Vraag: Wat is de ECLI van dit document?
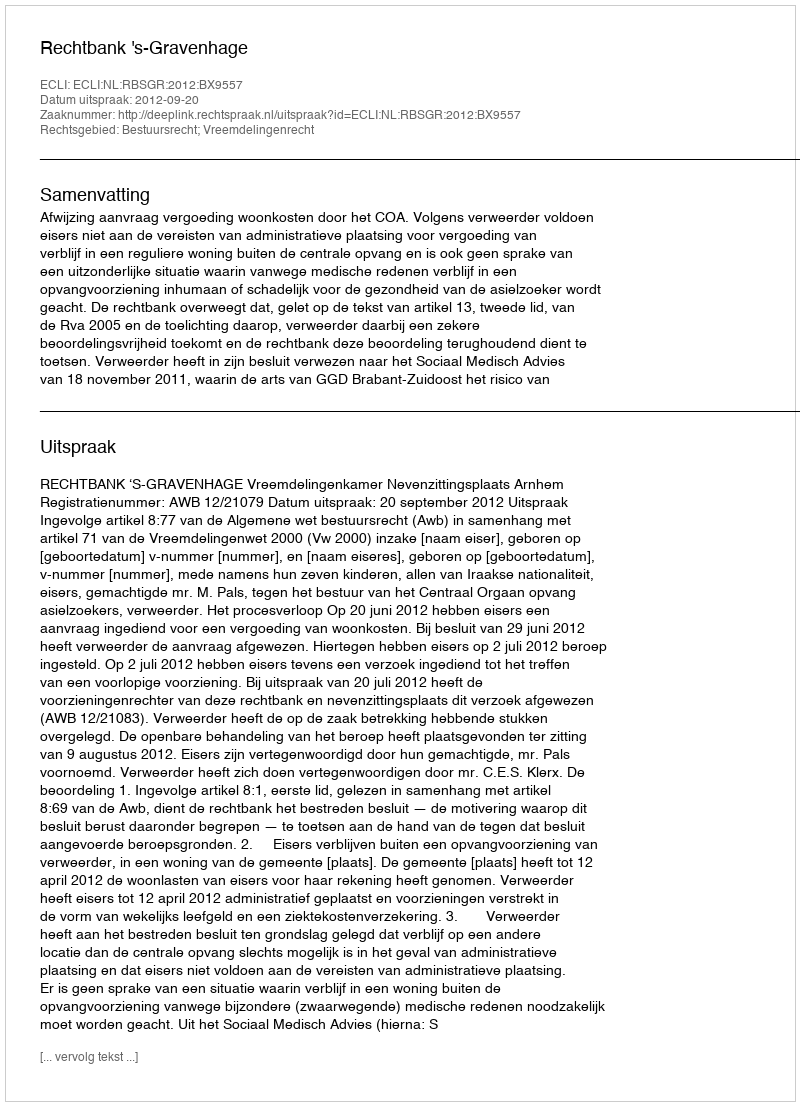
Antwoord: ECLI:NL:RBSGR:2012:BX9557